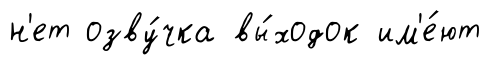
н'ет озву́чка вы́ходок им'е́ют